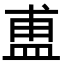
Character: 盙